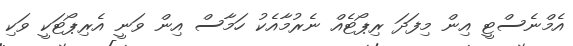
އެމްނެސްޓީ އިން މިފަދަ ރިޕޯޓެއް ނެރުމާއެކު ހަމާސް އިން ވަނީ އެރިޕޯޓަކީ ވަކި